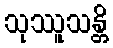
သုဿူသန္တိ